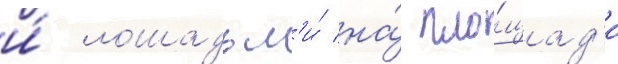
и́ лошадьм'и́ на́ пло́щад'и